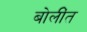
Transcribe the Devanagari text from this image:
बोलींत